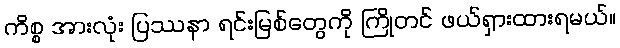
ကိစ္စ အားလုံး ပြဿနာ ရင်းမြစ်တွေကို ကြိုတင် ဖယ်ရှားထားရမယ်။